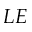
L E